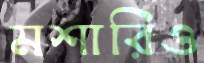
মশারিও